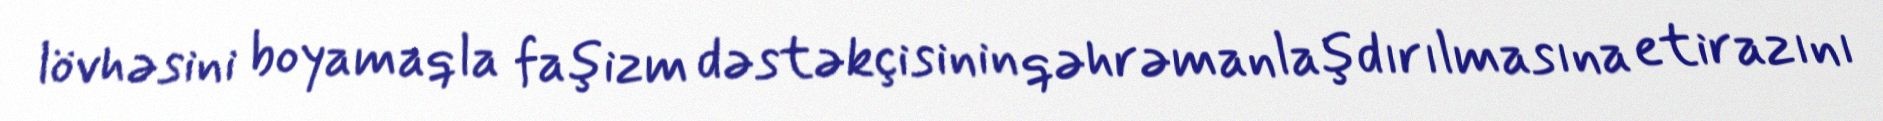
lövhəsini boyamaqla faşizm dəstəkçisinin qəhrəmanlaşdırılmasına etirazını